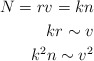
\begin{align*} N=rv=kn \\ kr \sim v \\ k^2n \sim v^2 \end{align*}